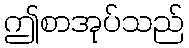
ဤစာအုပ်သည်